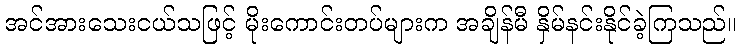
အင်အားသေးငယ်သဖြင့် မိုးကောင်းတပ်များက အချိန်မီ နှိမ်နင်းနိုင်ခဲ့ကြသည်။